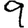
Digit: 9